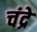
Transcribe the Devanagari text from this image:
चंद्रे